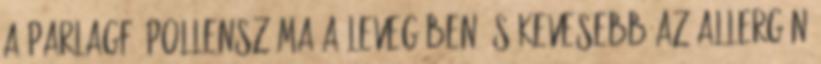
a parlagfű pollenszáma a levegőben, s kevesebb az allergén